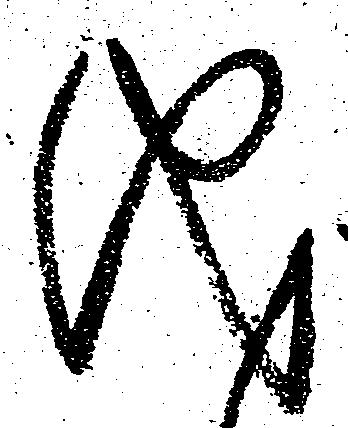
儀